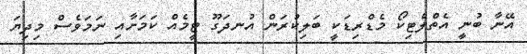
އޭނާ ބުނީ އެތްލެޓިކޯ މެޑްރިޑަކީ ބަލިކުރަން އުނދަގޫ ޓީމެއް ކަމަށާއި ނަމަވެސް މިދިޔަ